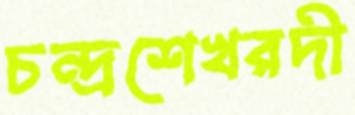
চন্দ্রশেখরদী